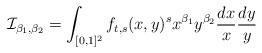
LaTeX: \begin{align*}\mathcal{I}_{\beta_1,\beta_2}=\int_{[0,1]^2}f_{t,s}(x,y)^s x^{\beta_1} y^{\beta_2}\frac{dx}{x}\frac{dy}{y}\end{align*}